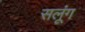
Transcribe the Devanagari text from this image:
सलूंग